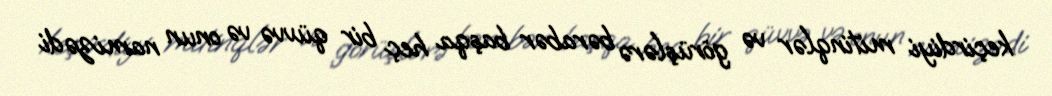
keçirdiyi mitinqlər və görüşlərə bərabər başqa heç bir qüvvə və onun namizədi